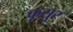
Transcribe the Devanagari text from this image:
कूसुर